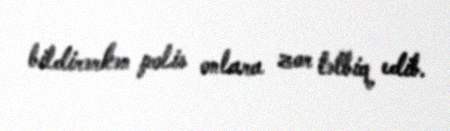
bildirərkən polis onlara zor tətbiq edib.